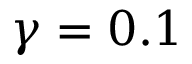
\gamma = 0 . 1